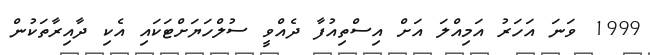
1999 ވަނަ އަހަރު އަމިއްލަ އަށް އިސްތިއުފާ ދެއްވީ ސުލްހަޔަށްޓަކައި އެކި ދާއިރާތަކުން